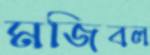
মজিবল